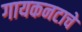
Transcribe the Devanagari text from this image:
गायकनटाचे